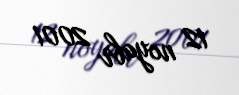
12 noyabr 2001